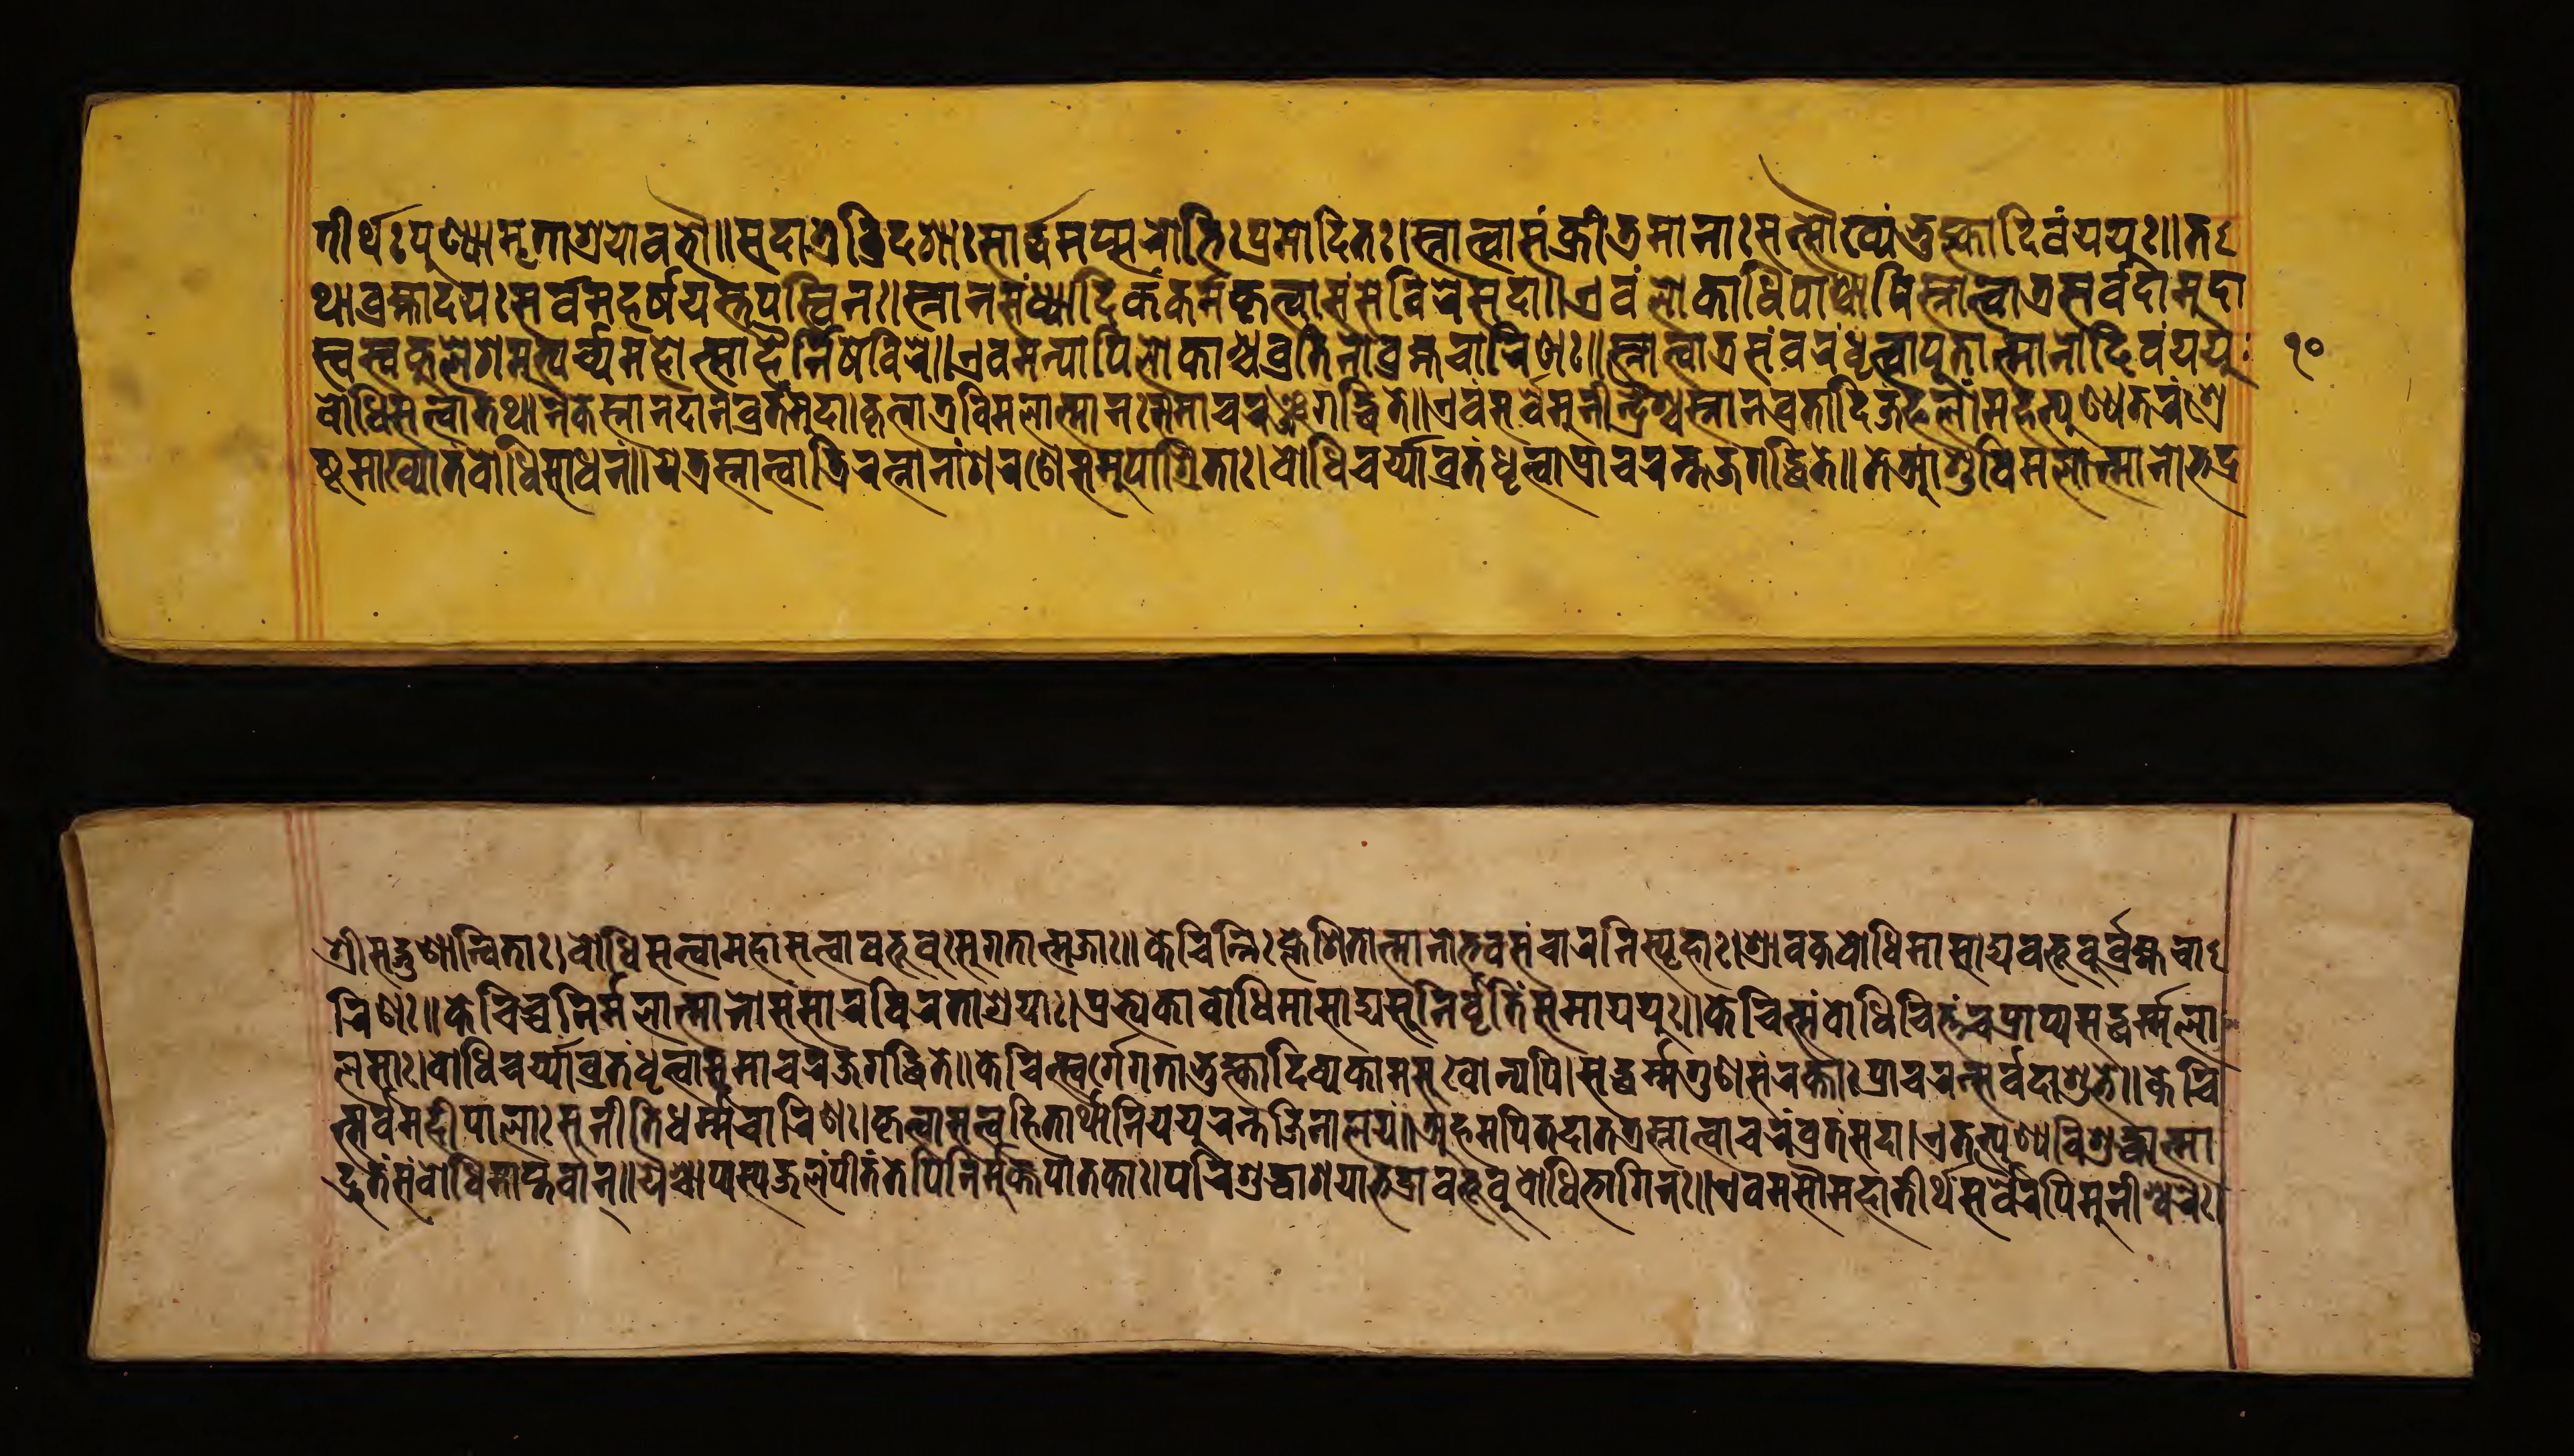
𑐟𑐷𑐬𑑂𑐠𑑅𑐥𑐸𑐞𑑂𑐫𑐵𑐩𑐺𑐟𑐵𑐱𑑂𑐬𑐫𑑀𑐧𑐨𑑁॥𑐳𑐡𑐵𑐟𑑂𑐬𑐟𑑂𑐬𑐶𑐡𑐱𑐵𑑅𑐳𑐵𑐬𑑂𑐡𑑂𑐢𑐩𑐥𑑂𑐳𑐬𑑀𑐨𑐶𑑅𑐥𑑂𑐬𑐩𑑀𑐡𑐶𑐟𑑅।𑐳𑑂𑐣𑐵𑐟𑑂𑐰𑐵𑐳𑑄𑐎𑑂𑐬𑐷𑐜𑐩𑐵𑐣𑐵𑑅𑐳𑐟𑑂𑐳𑑁𑐏𑑂𑐫𑑄𑐨𑐸𑐎𑑂𑐟𑑂𑐰𑐵𑐡𑐶𑐰𑑄𑐫𑐫𑐸𑑅॥𑐟 𑐠𑐵𑐧𑑂𑐬𑐴𑑂𑐩𑐵𑐡𑐫𑑅𑐳𑐬𑑂𑐰𑐩𑐴𑐬𑑂𑐲𑐫𑐳𑑂𑐟𑐥𑐳𑑂𑐰𑐶𑐣𑑅।𑐳𑑂𑐣𑐵𑐣𑐳𑑄𑐢𑑂𑐫𑐵𑐡𑐶𑐎𑑄𑐎𑐬𑑂𑐩𑐎𑐺𑐟𑑂𑐰𑐵𑐳𑑄𑐳𑐾𑐰𑐶𑐬𑐾𑐳𑐡𑐵॥𑐊𑐰𑑄𑐮𑑀𑐎𑐵𑐢𑐶𑐥𑐵𑐱𑑂𑐔𑐵𑐥𑐶𑐳𑑂𑐣𑐵𑐟𑑂𑐰𑐵𑐟𑑂𑐬𑐳𑐬𑑂𑐰𑐡𑐵𑐩𑐸𑐡𑐵 𑐳𑑂𑐰𑐳𑑂𑐰𑐎𑐸𑐮𑐾𑐱𑐩𑐨𑑂𑐫𑐬𑑂𑐔𑑂𑐫𑐩𑐴𑑀𑐟𑑂𑐳𑐵𑐴𑐿𑐬𑑂𑐣𑐶𑐲𑐾𑐰𑐶𑐬𑐾॥𑐊𑐰𑐩𑐣𑑂𑐫𑐵𑐥𑐶𑐮𑑀𑐎𑐵𑐱𑑂𑐔𑐰𑑂𑐬𑐟𑐶𑐣𑑀𑐧𑑂𑐬𑐴𑑂𑐩𑐔𑐵𑐬𑐶𑐞𑑅॥𑐳𑑂𑐣𑐵𑐟𑑂𑐰𑐵𑐟𑑂𑐬𑐳𑑄𑐰𑐬𑑄𑐢𑐺𑐟𑑂𑐰𑐵𑐫𑐸𑐟𑐵𑐟𑑂𑐩𑐵𑐣𑑀𑐡𑐶𑐰𑑄𑐫𑐫𑐸𑑅 𑐧𑑀𑐢𑐶𑐳𑐟𑑂𑐰𑐵𑐟𑐠𑐵𑐣𑐾𑐎𑐾𑐳𑑂𑐣𑐵𑐣𑐡𑐵𑐣𑐰𑑂𑐬𑐟𑑄𑐩𑐸𑐡𑐵।𑐎𑐺𑐟𑑂𑐰𑐵𑐟𑑂𑐬𑐰𑐶𑐩𑐮𑐵𑐟𑑂𑐩𑐵𑐣𑑅𑐳𑐩𑐵𑐔𑐬𑐘𑑂𑐖𑐐𑐡𑑂𑐢𑐶𑐟𑐾॥𑐊𑐰𑑄𑐳𑐬𑑂𑐰𑐾𑐩𑐸𑐣𑐷𑐣𑑂𑐡𑑂𑐬𑐿𑐱𑑂𑐔𑐳𑑂𑐣𑐵𑐣𑐰𑑂𑐬𑐟𑐵𑐡𑐶𑐖𑑄𑐦𑐮𑑄।𑐩𑐴𑐟𑑂𑐥𑐸𑐞𑑂𑐫𑐟𑐬𑑄𑐱𑑂𑐬𑐾 𑐲𑑂𑐛𑐩𑐵𑐏𑑂𑐫𑐵𑐟𑑄𑐧𑑀𑐢𑐶𑐳𑐵𑐢𑐣𑑄॥𑐫𑐾𑐟𑑂𑐬𑐳𑑂𑐣𑐵𑐟𑑂𑐰𑐵𑐟𑑂𑐬𑐶𑐬𑐟𑑂𑐣𑐵𑐣𑐵𑑄𑐱𑐬𑐞𑐾𑐳𑐩𑐸𑐥𑐵𑐱𑑂𑐬𑐶𑐟𑐵𑑅।𑐧𑑀𑐢𑐶𑐔𑐬𑑂𑐫𑑂𑐫𑐵𑐰𑑂𑐬𑐟𑑄𑐢𑐺𑐟𑑂𑐰𑐵𑐥𑑂𑐬𑐵𑐔𑐬𑐣𑑂𑐟𑐖𑐐𑐡𑑂𑐢𑐶𑐟𑐾॥𑐟𑐾𑐁𑐱𑐸𑐰𑐶𑐩𑐮𑐵𑐟𑑂𑐩𑐵𑐣𑑀𑐨𑐡𑑂𑐬 𑐱𑑂𑐬𑐷𑐳𑐡𑑂𑐐𑐸𑐞𑐵𑐣𑑂𑐰𑐶𑐟𑐵𑑅।𑐧𑑀𑐢𑐶𑐳𑐟𑑂𑐰𑐵𑐩𑐴𑐵𑐳𑐟𑑂𑐰𑐵𑐧𑐨𑐹𑐰𑐸𑑅𑐳𑐸𑐐𑐟𑐵𑐟𑑂𑐩𑐖𑐵𑑅॥𑐎𑐾𑐔𑐶𑐣𑑂𑐣𑐶𑑅𑐎𑑂𑐮𑐾𑐱𑐶𑐟𑐵𑐟𑑂𑐩𑐵𑐣𑑀𑐨𑐰𑐳𑑄𑐔𑐵𑐬𑐣𑐶𑐳𑑂𑐥𑐺𑐴𑐵𑑅।𑐱𑑂𑐬𑐵𑐰𑐎𑐧𑑀𑐢𑐶𑐩𑐵𑐳𑐵𑐡𑑂𑐫𑐧𑐨𑐹𑐰𑐸𑐬𑑂𑐧𑑂𑐬𑐴𑑂𑐩𑐔𑐵 𑐬𑐶𑐞𑑅॥𑐎𑐾𑐔𑐶𑐔𑑂𑐔𑐣𑐶𑐬𑑂𑐩𑐮𑐵𑐟𑑂𑐩𑐵𑐣𑑀𑐳𑑄𑐳𑐵𑐬𑐰𑐶𑐬𑐟𑐵𑐱𑑂𑐬𑐫𑐵𑑅।𑐥𑑂𑐬𑐟𑑂𑐫𑐾𑐎𑐵𑐧𑑀𑐢𑐶𑐩𑐵𑐳𑐵𑐡𑑂𑐫𑐳𑐸𑐣𑐶𑐬𑑂𑐰𑐺𑐟𑐶𑑄𑐳𑐩𑐵𑐫𑐫𑐸𑑅॥𑐎𑐾𑐔𑐶𑐟𑑂𑐳𑑄𑐧𑑀𑐢𑐶𑐔𑐶𑐟𑑂𑐟𑑄𑐔𑐥𑑂𑐬𑐵𑐥𑑂𑐫𑐳𑐡𑑂𑐢𑐬𑑂𑐩𑑂𑐩𑐮𑐵 𑐮𑐳𑐵𑑅।𑐧𑑀𑐢𑐶𑐔𑐬𑑂𑐫𑑂𑐫𑐵𑐰𑑂𑐬𑐟𑑄𑐢𑐺𑐟𑑂𑐰𑐵𑐳𑐩𑐵𑐔𑐬𑐖𑐐𑐡𑑂𑐢𑐶𑐟𑐾॥𑐎𑐾𑐔𑐶𑐟𑑂𑐳𑑂𑐰𑐬𑑂𑐐𑐾𑐐𑐟𑐵𑐨𑐸𑐎𑑂𑐟𑑂𑐰𑐵𑐡𑐶𑐰𑑂𑐫𑐎𑐵𑐩𑐳𑐸𑐏𑑀𑐣𑑂𑐫𑐥𑐶।𑐳𑐡𑑂𑐢𑐬𑑂𑐩𑑂𑐩𑐐𑐸𑐞𑐳𑑄𑐬𑐎𑑂𑐟𑐵𑑅𑐥𑑂𑐬𑐵𑐔𑐬𑐣𑑂𑐳𑐬𑑂𑐰𑐡𑐵𑐱𑐸𑐨𑐾॥𑐎𑐾𑐔𑐶 𑐟𑑂𑐳𑐬𑑂𑐰𑐩𑐴𑐷𑐥𑐵𑐮𑐵𑑅𑐳𑐸𑐣𑐷𑐟𑐶𑐢𑐬𑑂𑐩𑑂𑐩𑐔𑐵𑐬𑐶𑐞𑑅।𑐎𑐺𑐟𑑂𑐰𑐵𑐳𑐟𑑂𑐰𑐴𑐶𑐟𑐵𑐬𑑂𑐠𑐵𑐣𑐶𑐫𑐫𑐸𑐬𑐣𑑂𑐟𑐖𑐶𑐣𑐵𑐮𑐫𑑄॥𑐀𑐴𑐩𑐥𑐶𑐟𑐡𑐵𑐟𑐟𑑂𑐬𑐳𑑂𑐣𑐵𑐟𑑂𑐰𑐵𑐔𑐬𑑄𑐰𑑂𑐬𑐟𑑄𑐳𑐡𑐵।𑐊𑐟𑐟𑑂𑐥𑐸𑐞𑑂𑐫𑐰𑐶𑐱𑐸𑐡𑑂𑐢𑐵𑐟𑑂𑐩𑐵 𑐡𑑂𑐬𑐸𑐟𑑄𑐳𑑄𑐧𑑀𑐢𑐶𑐩𑐵𑐥𑑂𑐟𑐰𑐵𑐣𑑂॥𑐫𑐿𑐱𑑂𑐔𑐵𑐥𑑂𑐫𑐳𑑂𑐫𑐖𑐮𑑄𑐥𑐷𑐟𑑄𑐟𑐾𑐥𑐶𑐣𑐶𑐬𑑂𑐩𑐸𑐎𑑂𑐟𑐥𑐵𑐟𑐎𑐵𑑅।𑐥𑐬𑐶𑐱𑐸𑐡𑑂𑐢𑐵𑐱𑐫𑐵𑐨𑐡𑑂𑐬𑐵𑐧𑐨𑐹𑐰𑐸𑐧𑑀𑐢𑐶𑐨𑐵𑐐𑐶𑐣𑑅॥𑐊𑐰𑐩𑐳𑑁𑐩𑐴𑐵𑐟𑐷𑐬𑑂𑐠𑐳𑐬𑑂𑐰𑐿𑐬𑐥𑐶𑐩𑐸𑐣𑐷𑐱𑑂𑐰𑐬𑐿𑑅। 𑑑𑑐